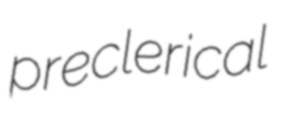
preclerical